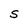
Character: S